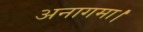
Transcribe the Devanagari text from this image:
अनागमा।